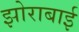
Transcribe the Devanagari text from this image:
झोराबाई